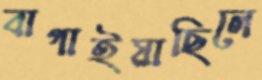
বাগাইয়াছিলে